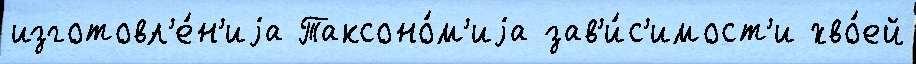
изготовл'е́н'иjа Таксоно́м'иjа зав'и́с'имост'и хво́ей